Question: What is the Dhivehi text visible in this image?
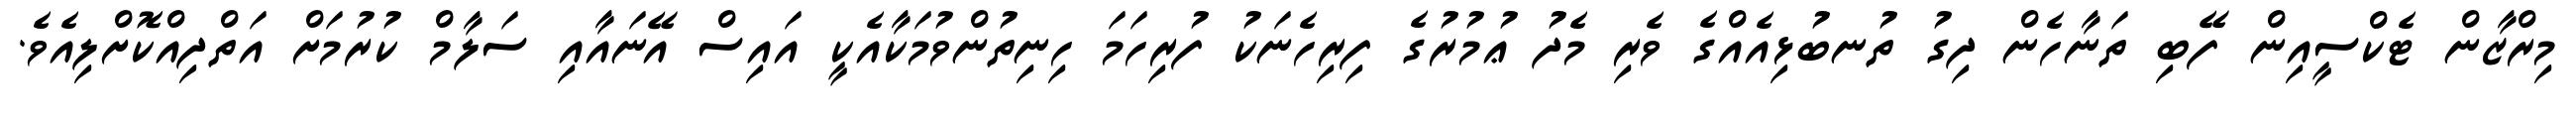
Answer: މިރްޒާން ޓެކްސީއިން ފޭބި ތަނާހެން ދިގު ތުނބުޅިއެއްގެ ވެރި މެދު ޢުމުރުގެ ފިރިހެނަކު ފުރިހަމަ ހިނިތުންވުމަކާއެކީ އައިސް އޭނައާއި ސަލާމް ކުރުމަށް އަތްދިއްކޮށްލިއެވެ.